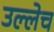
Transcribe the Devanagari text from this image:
उल्लेच